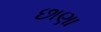
છાણા